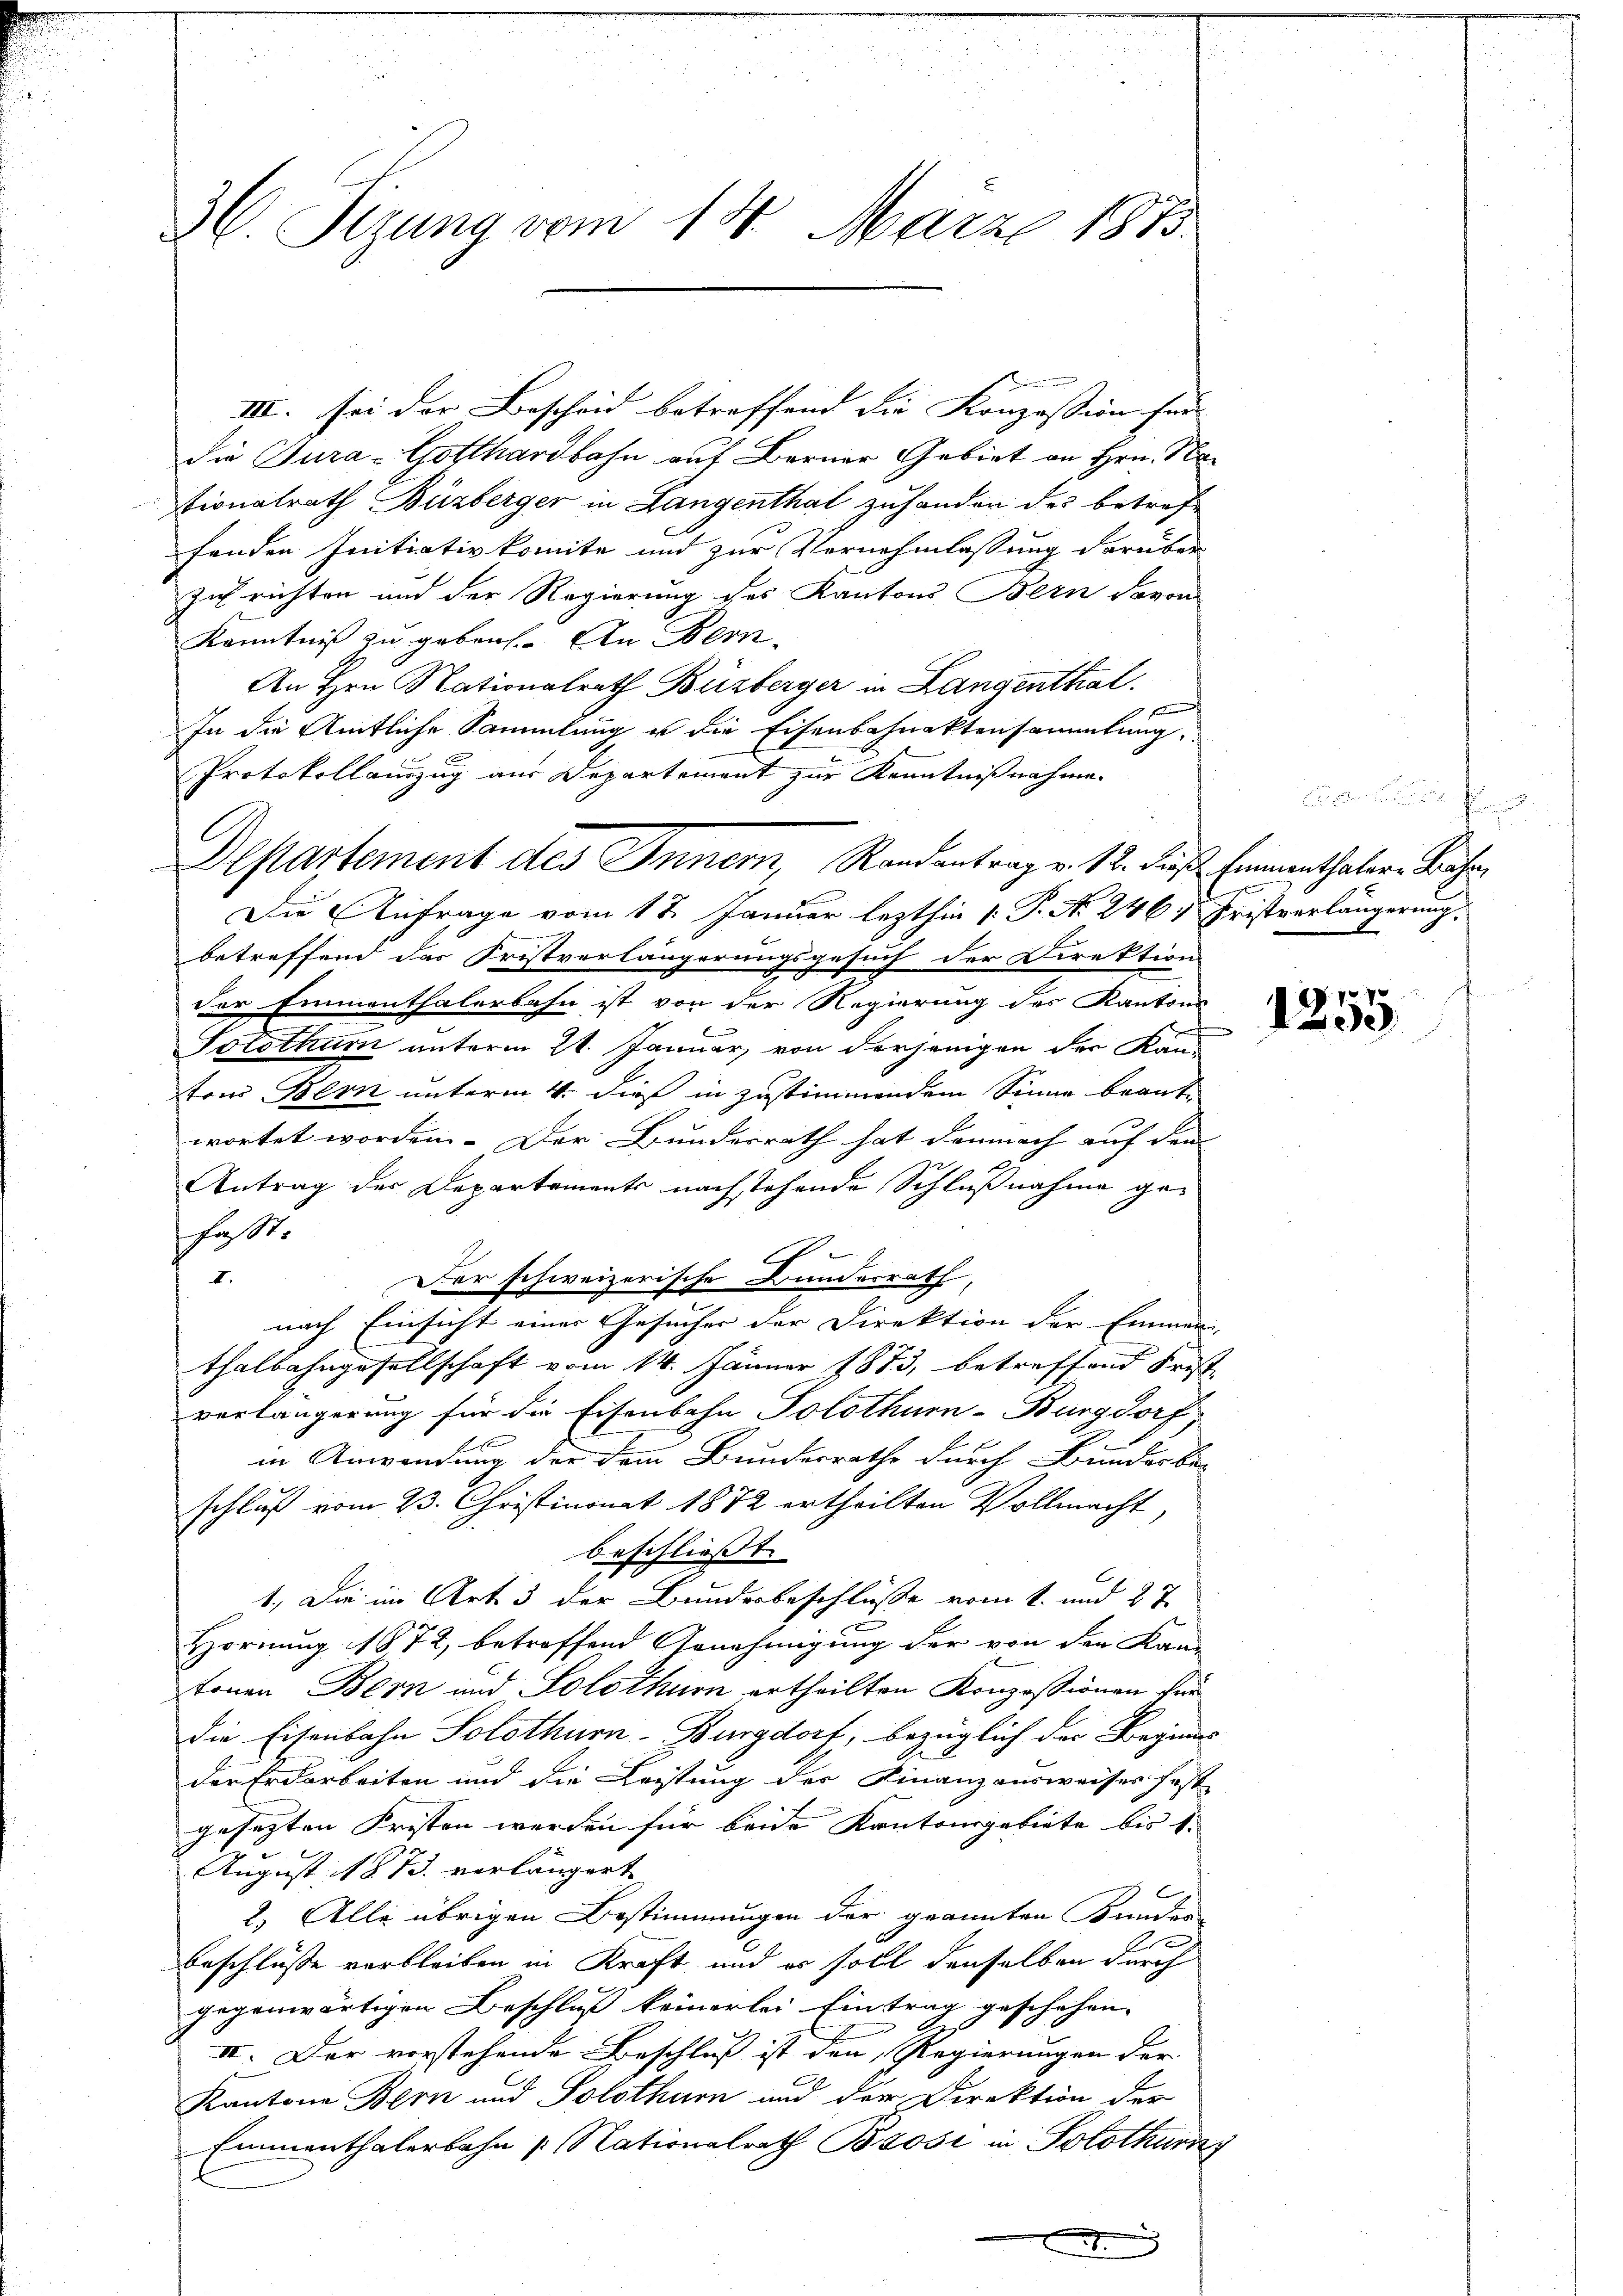
3. Sizung vom 18. März 1873.

III. Sei der Bescheid betreffend die Konzession für |
Die Jura - Gotthardbahn auf Berner Gebiet an Hrn. Na
tionalrath Büzberger in Langenthal zuhanden des betreffenden Initiativkomite und zur Vernehmlassung darüber
zi richten und der Regierung des Kantons Bern davon
Kenntniß zu gebens. An Fern
An Hrn. Nationalrath Büzberger in Langenthal.
In die Amtliche Sammlung u die Eisenbahnektensammlung.
Protokollauszug aus Departement zur Kenntnißnahme.
Die Anfrage vom 17. Januar lezthin 1. P. No. 246, Fristverlängerung.
betreffend das Fristverlängerungsgesuch der Direktion
der Emmenthalerbahn ist von der Regierung des Kantons
Solothurn unterm 21. Januar von derjenigen der Kan-
ton Bern unterm 4. dieß in zustimmendem Sinne beantwortet worden. Der Bundesrath hat demnach auf den
Antrag der Departements nachstehende Schlußnahme gehast.
E
I.
Fer schweizerische Bunderrath,
nach Einsicht einer Gesucher der Direktion der Emmen-
thalbahngesellschaft vom 14. Jänner 1873, betreffend Frist
verlängerung für die Eisenbahn Solothurn-Burgdorf,
in Anwendung der dem Bunderrathe durch Bundesbe-
schluß vom 23. Christimonat 1872 ertheilten Vollmacht,
beschliesst.
1.) Die im Art. 3 der Bunderbeschlüße vom 1. und 27
Hornung 1872, betreffend Genehmigung der von den Kan-
tonen Bern und Solothurn ertheilten Konzessionen für
Die Eisenbahn Solothurn-Burgdorf, bezüglich der Beginns
der Erdarbeiten und die Leistung der Finanzausweises fest
gesetzten Fristen werden für beide Kantonsgebiete bis 1.
August 18 J. verlängert
 x
2. Alle übrigen Bestimmungen der geannten Bunder-
Beschlüsse verbleiben in Kraft und er soll denselben durch
gegenwärtigen Beschluß keinerlei Eintrag geschehen. |
E
III. Der vorstehende Beschluß ist den Regierungen der
Kantone Bern und Solothurn und der Direktion der
Emmenthalerbahn (Nationalrath Brosi in Solothurn

Departement des Inner, Randantrag v. 12. dieß, Emmenthaler-Bahn¬

.

.1
53